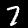
Digit: 7